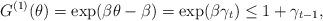
LaTeX: \begin{align*}G^{(1)}(\theta)=\exp(\beta\theta-\beta)=\exp(\beta \gamma_t)\le 1+\gamma_{t-1},\end{align*}